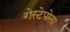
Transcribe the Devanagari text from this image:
गेस्टेपोला